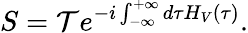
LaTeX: S={\mathcal{T}}e^{-i\int_{-\infty}^{+\infty}d\tau H_{V}(\tau)}.